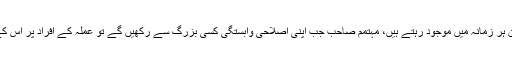
صلحاء ومشائخ، مرشدین کاملین ہر زمانہ میں موجود رہتے ہیں، مہتمم صاحب جب اپنی اصلاحی وابستگی کسی بزرگ سے رکھیں گے تو عملہ کے افراد پر اس کے مثبت اثرات مرتب ہوں گے۔